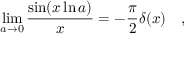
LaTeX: \operatorname * { l i m } _ { a \rightarrow 0 } { \frac { \sin ( x \ln a ) } { x } } = - { \frac { \pi } { 2 } } \delta ( x ) ~ ~ ~ ,